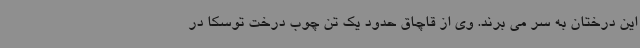
این درختان به سر می برند. وی از قاچاق حدود یک تن چوب درخت توسکا در